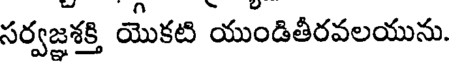
సర్వజ్ఞశక్తి యొకటి యుండితీరవలయును.